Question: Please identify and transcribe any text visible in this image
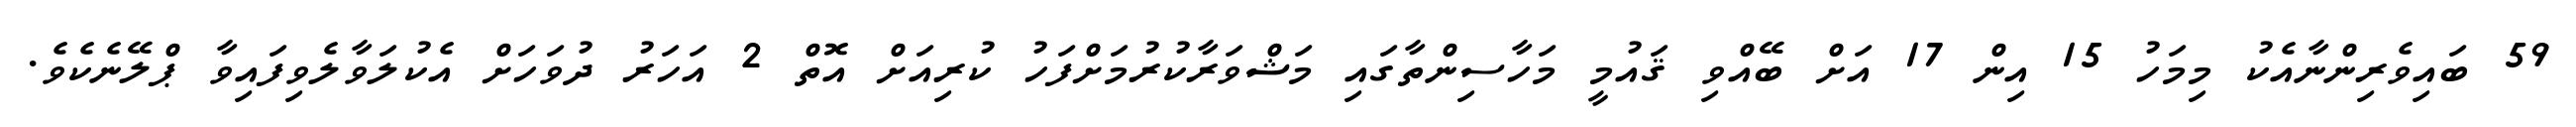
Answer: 59 ބައިވެރިންނާއެކު މިމަހު 15 އިން 17 އަށް ބޭއްވި ޤައުމީ މަހާސިންތާގައި މަޝްވަރާކުރުމަށްފަހު ކުރިއަށް އޮތް 2 އަހަރު ދުވަހަށް އެކުލަވާލެވިފައިވާ ޕްލޭނެކެވެ.